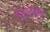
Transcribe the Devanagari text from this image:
मेजूरज्जूमधे